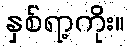
နှစ်ရာ့ကိုး။